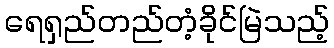
ရေရှည်တည်တံ့ခိုင်မြဲသည့်